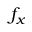
f _ { x }